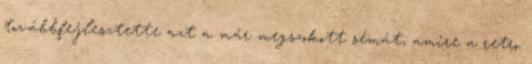
továbbfejlesztette azt a már megszokott sémát, amire a retro